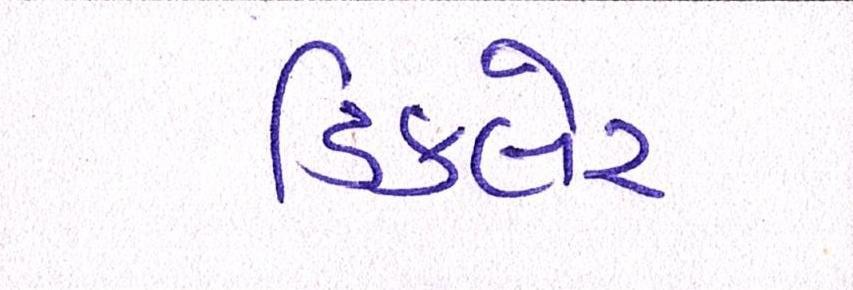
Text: ડિકલેર